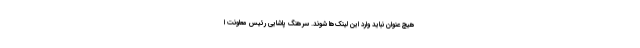
هیچ عنوان نباید وارد این لینک‌ها شوند. سرهنگ پاشایی رئیس معاونت ا